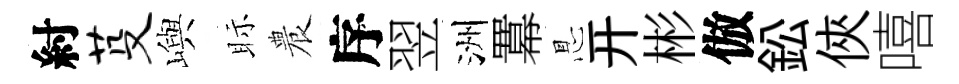
紂芟嶼眎農序翌洲羃㤙开彬倣鈆俠嘻